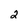
Character: 2